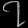
Digit: ၇